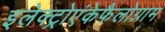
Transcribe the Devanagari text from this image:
इलेक्ट्रोएंकेफैलोग्राम